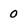
Character: 0